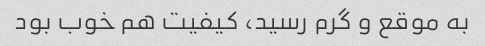
به موقع و گرم رسید، کیفیت هم خوب بود